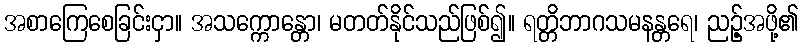
အစာကြေစေခြင်းငှာ။ အသက္ကောန္တော၊ မတတ်နိုင်သည်ဖြစ်၍။ ရတ္တိဘာဂသမနန္တရေ၊ ညဉ့်အဖို့၏